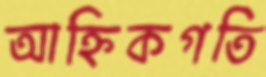
আহ্নিকগতি